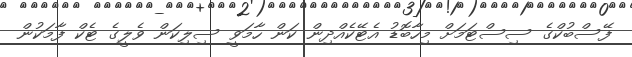
ފޭސްބުކްގެ ސިސްޓަމަށް މިހާބޮޑު އެޓޭކެއްދިން ކަން ހާމަވީ ސިލިކަން ވެލީގެ ޓެކް ފާމަކުން